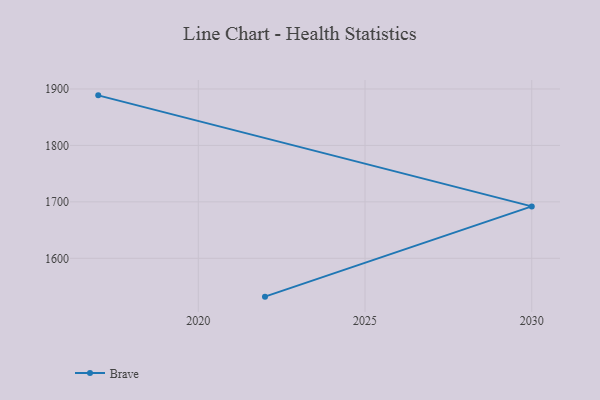
{"axis": {"x": "Year", "y": "Gross Profit (USD K)"}, "legend": ["Brave"], "data": [{"x": "2022", "y": 1532.1, "type": "Brave"}, {"x": "2030", "y": 1692.0, "type": "Brave"}, {"x": "2017", "y": 1888.7, "type": "Brave"}]}